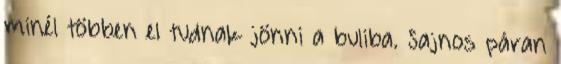
minél többen el tudnak jönni a buliba. Sajnos páran